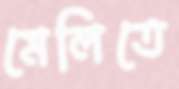
মেলিতে